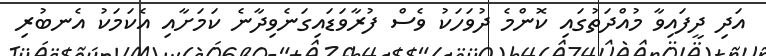
އަދި ދީފައިވާ މުއްދަތުގައި ކޮންމެ ދުވަހަކު ވެސް ފުރާވަޑައިގަނެވިދާނެ ކަމަށާއި އެކަމަކު އެނބުރި